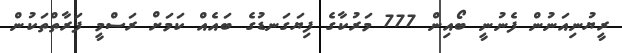
ރީޔުނިއަނުން ފެނުނީ ބޯއިން 777 މަރުކާގެ ފިޔަގަނޑުގެ ބައެއް ކަމަށް ރަސްމީ ފަރާތްތަކުން